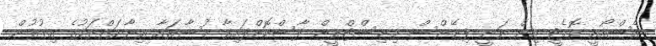
އެސްއޯއީ ކޮމެޓީ އިން ވަނީ ފިނޭންސް މިނިސްޓްރީން ފާސްކޮށްފައިވާ މުސާރައާ އިނާޔަތްތަކުގެ އިތުރުން